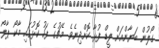
ގޯލުން ބަޔާންއަށް ލީޑް ފުޅާ ކޮށްދިނެވެ. މެޗުގެ ފަހު ކޮޅުގައި މާކޯ ޕާލޯ